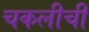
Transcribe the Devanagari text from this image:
चकलीची